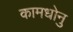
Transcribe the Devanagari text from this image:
कामधोनु